Burma Government Medical School reports 1923-41
Year: 1923
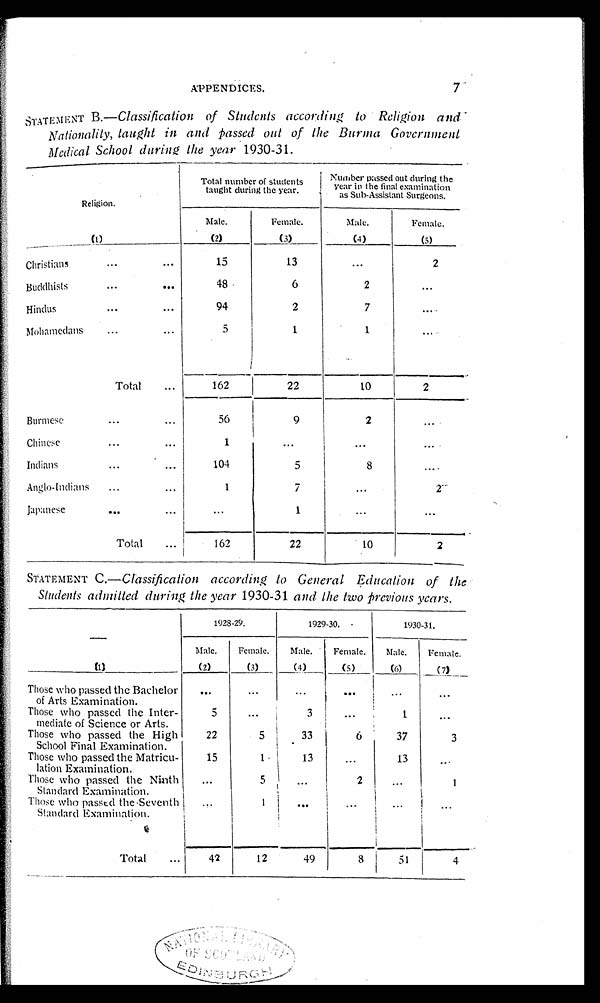
APPENDICES.
7
STATEMENT B.— Classification of Students according to Religion and
Nationality, taught in and passed out of the Burma Government
Medical School during the year 1930-31.
Religion.
Total number of students
taught during the year.
Number passed out during the
year in the final examination
as Sub-Assistant Surgeons.
( 1 )
Male.
(2)
Female.
(3)
Male.
( 4 )Female.
( 5 )
Christians
15
13
...
2
Buddhists
48
6
2
. . .
Hindus
94
2
7
. . .
Mohamedans
5
1
1
. . .
Total
162
2 2
1 0
2
Burmese
56
9
2
...
Chinese
1
. . .
. . .
. . .
Indians
104
5
8
. . .
Anglo-Indians
1
7
. . .
2
Japanese
. . .
1
. . .
. . .
Total
162
22
10
2
STATEMENT C.—Classification according to General Education of the
Students admitted during the year 1930-31 and the two previous years .
—
(1)
1928-29.
1929-30.
1930-31.
Male.
(2)
Female.
(3)
Male.
( 4 )
Female.
(5)
Male.
(6)
Female.
( 7 )
Those who passed the Bachelor
of Arts Examination.
...
. . .
...
. . .
. . .
. . .
Those who passed the Inter-
mediate of Science or Arts.
5
...
3
...
1
. . .
Those who passed the High
School Final Examination.
22
5
3 3
6 37
3
Those who passed the Matricu-
lation Examination.
15
1
13
...
13
. . .
Those who passed the Ninth
Standard Examination.
...
5
...
2
...
1
Those who passed the Seventh
Standard Examination.
. . .
1
. . .
...
...
. . .
Total
42
12
49
8 51
4